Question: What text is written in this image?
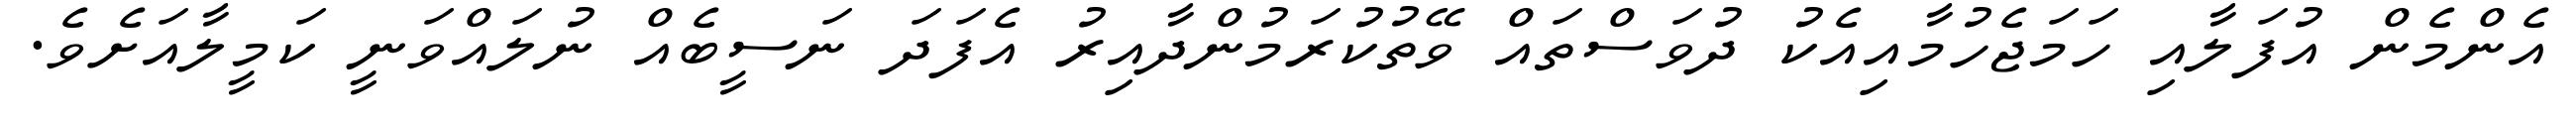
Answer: އެންމެން އުފަލާއި ހަމަޖެހުމާއިއެކު ދުވަސްތައް ވޭތުކުރަމުންދާއިރު އެފަދަ ނަސީބެއް ނުލައްވަނީ ކަމީލާއަށެވެ.